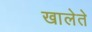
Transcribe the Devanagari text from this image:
खालेते